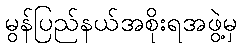
မွန်ပြည်နယ်အစိုးရအဖွဲ့မှ